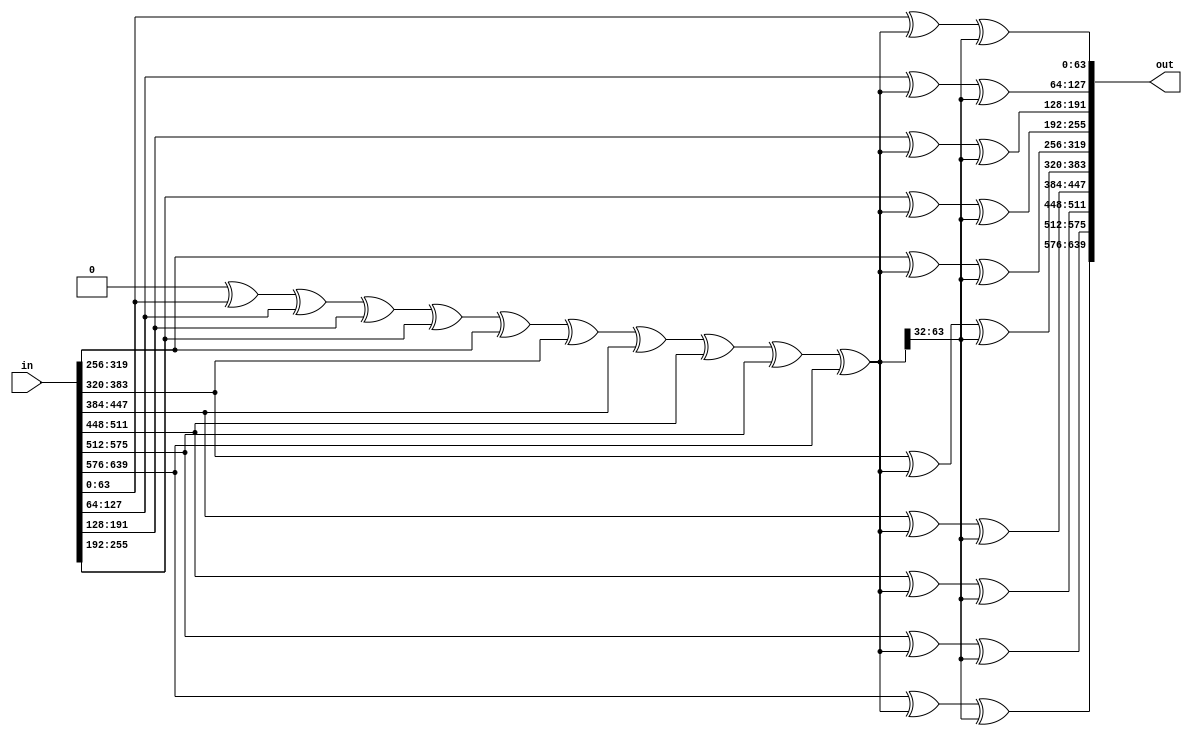
module odo_pre_mix(in, out);
    input [639:0] in;
    output [639:0] out;
    wire [63:0] total;
    assign total = 0 ^ in[63:0] ^ in[127:64] ^ in[191:128] ^ in[255:192] ^ in[319:256] ^ in[383:320] ^ in[447:384] ^ in[511:448] ^ in[575:512] ^ in[639:576];
    assign out[63:0] = in[63:0] ^ total ^ (total >> 32);
    assign out[127:64] = in[127:64] ^ total ^ (total >> 32);
    assign out[191:128] = in[191:128] ^ total ^ (total >> 32);
    assign out[255:192] = in[255:192] ^ total ^ (total >> 32);
    assign out[319:256] = in[319:256] ^ total ^ (total >> 32);
    assign out[383:320] = in[383:320] ^ total ^ (total >> 32);
    assign out[447:384] = in[447:384] ^ total ^ (total >> 32);
    assign out[511:448] = in[511:448] ^ total ^ (total >> 32);
    assign out[575:512] = in[575:512] ^ total ^ (total >> 32);
    assign out[639:576] = in[639:576] ^ total ^ (total >> 32);
endmodule